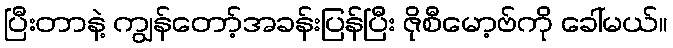
ပြီးတာနဲ့ ကျွန်တော့်အခန်းပြန်ပြီး ဇိုစီမော့ဗ်ကို ခေါ်မယ်။